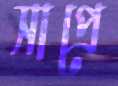
সাপ্রে